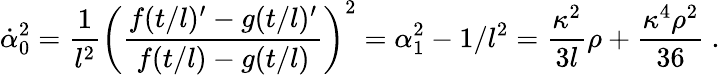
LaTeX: \dot{\alpha}_{0}^{2}=\frac{1}{l^{2}}\left(\frac{f(t/l)^{\prime}-g(t/l)^{\prime}}{f(t/l)-g(t/l)}\right)^{2}=\alpha_{1}^{2}-1/l^{2}=\frac{\kappa^{2}}{3l}\rho+\frac{\kappa^{4}\rho^{2}}{36}\ .